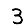
Digit: 3